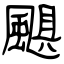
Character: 颶